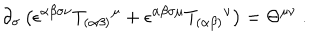
LaTeX: \partial _ { \sigma } \left( \epsilon ^ { \alpha \beta \sigma \nu } T _ { ( \alpha \beta ) } { } ^ { \mu } + \epsilon ^ { \alpha \beta \sigma \mu } T _ { ( \alpha \beta ) } { } ^ { \nu } \right) = \Theta ^ { \mu \nu } \ .